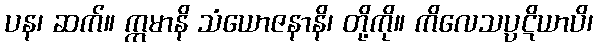
ပန၊ ဆက်။ ဣမာနိ သံယောဇနာနိ၊ တို့ကို။ ကိလေသပ္ပဋိယာပိ၊